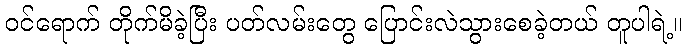
ဝင်ရောက် တိုက်မိခဲ့ပြီး ပတ်လမ်းတွေ ပြောင်းလဲသွားစေခဲ့တယ် တူပါရဲ့။